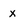
Character: x